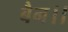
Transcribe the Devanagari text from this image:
बैन।।